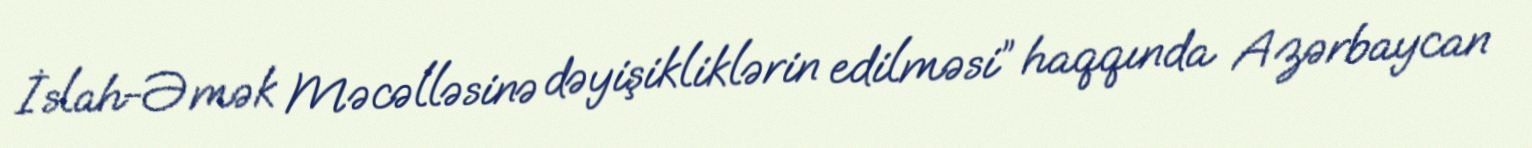
İslah-Əmək Məcəlləsinə dəyişikliklərin edilməsi” haqqında Azərbaycan